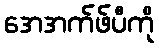
အေအက်ဖ်ပီကို